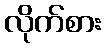
လိုက်စား